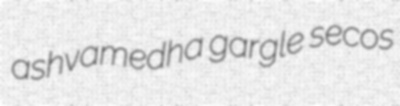
ashvamedha gargle secos